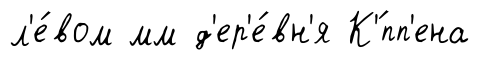
л'е́вом мм д'ер'е́вн'я К'́пп'ена